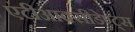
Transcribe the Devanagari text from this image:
एंटीआक्सीडेण्ट्स